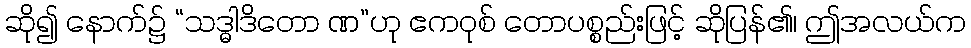
ဆို၍ နောက်၌ “သဒ္ဓါဒိတော ဏ”ဟု ဧကဝုစ် တောပစ္စည်းဖြင့် ဆိုပြန်၏၊ ဤအလယ်က